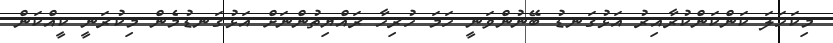
މިކަހަލަ ކަންކަންކުރާއިރު އަޅުގަނޑު ބޭނުންވަނީ ހަމަ ހުރިހާ ރައްޔިތުންނަށް އަޅުގަނޑުމެން މިކުރަނީ ކީއްކަން